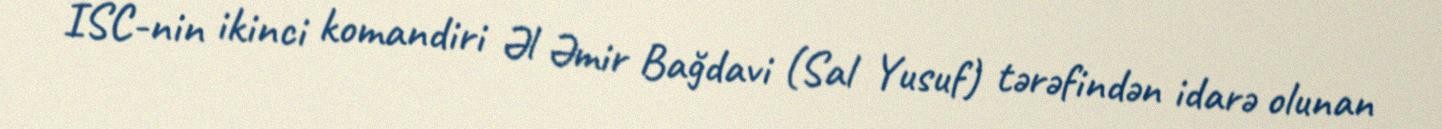
İSC-nin ikinci komandiri Əl Əmir Bağdavi (Sal Yusuf) tərəfindən idarə olunan